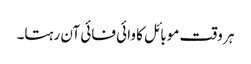
ہر وقت موبائل کا وائی فائی آن رہتا۔